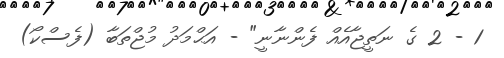
1 - 2 ގެ ނަތީޖާއެއް ފެންނާނީ" - އަޙްމަދު މުޖްތަބާ (ފެސްކޯ)